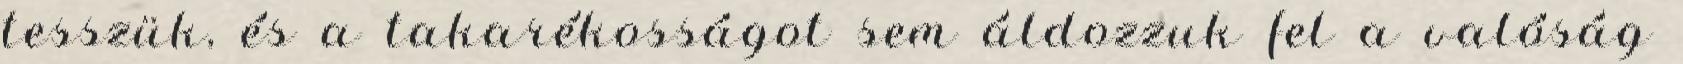
tesszük, és a takarékosságot sem áldozzuk fel a valóság